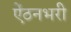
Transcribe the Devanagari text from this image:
ऐंठनभरी